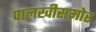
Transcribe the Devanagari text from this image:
पालखीसमोर